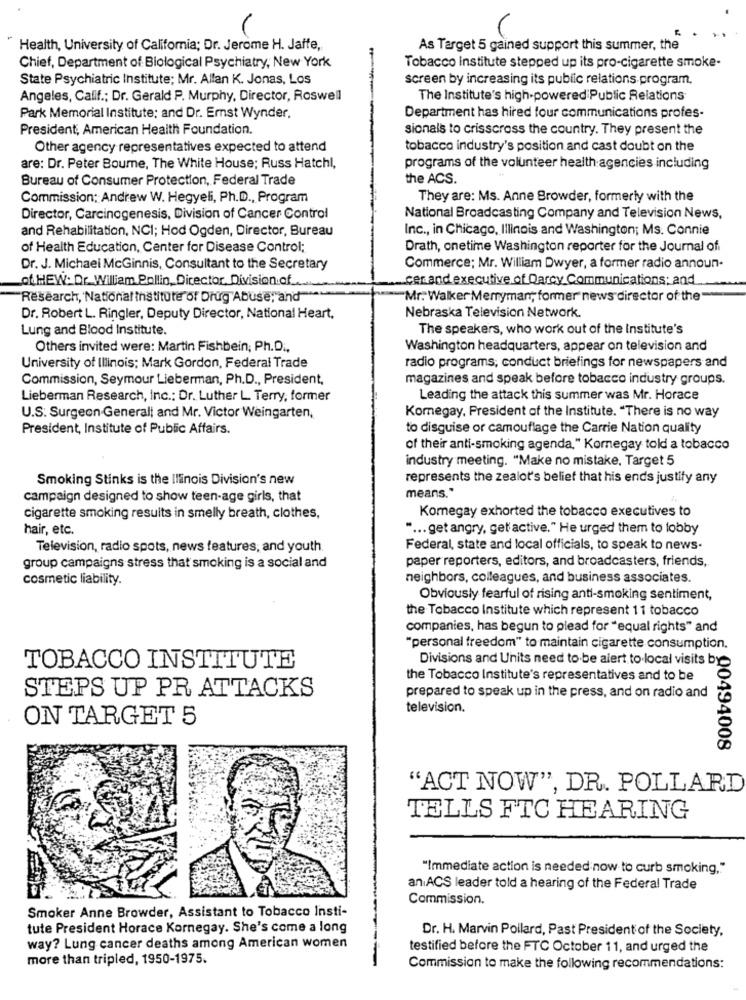
Health, University of California; Dr. Jerome H. Jaffe,
As Target 5 gained support this summer, the
Chief, Department of Biological Psychiatry, New York
Tobacco institute stepped up its pro-cigarette smoke-
State Psychiatric Institute; Mr. Allan K. Jonas, Los
screen by increasing its public relations program.
Angeles, Calif .; Dr. Gerald P. Murphy, Director, Roswell
The Institute's high-powered Public Relations
Park Memorial Institute: and Dr. Emst Wynder,
Department has hired four communications profes-
President, American Health Foundation.
sionals to crisscross the country. They present the
Other agency representatives expected to attend
tobacco industry's position and cast doubt on the
are: Dr. Peter Bourne, The White House; Russ Hatchl,
programs of the volunteer health agencies including
Bureau of Consumer Protection, Federal Trade
the ACS.
Commission; Andrew W. Hegyeli, Ph.D ., Program
They are: Ms. Anne Browder, formerly with the
Director, Carcinogenesis, Division of Cancer Control
National Broadcasting Company and Television News,
and Rehabilitation, NCI; Hod Ogden, Director, Bureau
Inc ., in Chicago, Illinois and Washington; Ms. Connie
of Health Education, Center for Disease Control;
Drath, onetime Washington reporter for the Journal of
Dr. J. Michael McGinnis, Consultant to the Secretary
Commerce; Mr. William Dwyer, a former radio announ-
of. HEW: Dr. William Pollin, Director, Division.of ....
cer and executive of Darcy Communications: and
Research, National institute of Drug Abuse; and"
"Mr. Walker Merryman, former" news director of the"
Dr. Robert L. Ringler, Deputy Director, National Heart,
Nebraska Television Network.
Lung and Blood Institute.
The speakers, who work out of the Institute's
Others invited were: Martin Fishbein; Ph.D .,
Washington headquarters, appear on television and
University of Illinois; Mark Gordon, Federal Trade
radio programs, conduct briefings for newspapers and
Commission, Seymour Lieberman, Ph.D ., President,
magazines and speak before tobacco industry groups.
Lieberman Research, Inc .: Dr. Luther L. Terry, former
Leading the attack this summer was Mr. Horace
U.S. Surgeon General; and Mr. Victor Weingarten,
Komegay, President of the Institute. "There is no way
President, Institute of Public Affairs.
to disguise or camouflage the Carrie Nation quality
of their anti-smoking agenda," Komnegay told a tobacco
industry meeting. "Make no mistake, Target 5
Smoking Stinks is the Illinois Division's new
represents the zealot's belief that his ends justify any
means."
campaign designed to show teen-age girls, that
cigarette smoking results in smelly breath, clothes,
Komegay exhorted the tobacco executives to
hair, etc.
" ... get angry, get'active." He urged them to lobby
Television, radio spots, news features, and youth
Federal, state and local officials, to speak to news.
paper reporters, editors, and broadcasters, friends,
group campaigns stress that smoking is a social and
cosmetic liability.
neighbors, colleagues, and business associates.
Obviously fearful of rising anti-smoking sentiment,
the Tobacco Institute which represent 11 tobacco
companies, has begun to plead for "equal rights" and
"personal freedom" to maintain cigarette consumption.
Divisions and Units need to be alert to local visits by
TOBACCO INSTITUTE
the Tobacco Institute's representatives and to be
STEPS UP PR ATTACKS
prepared to speak up in the press, and on radio and
television.
ON TARGET 5
00494008
"ACT NOW", DR. POLLARD
TELLS FTC HEARING
"Immediate action is needed now to curb smoking,"
an ACS leader told a hearing of the Federal Trade
Commission.
Smoker Anne Browder, Assistant to Tobacco Insti-
tute President Horace Kornegay. She's come a long
Dr. H. Marvin Pollard, Past President of the Society,
way? Lung cancer deaths among American women
testified before the FTC October 11, and urged the
more than tripled, 1950-1975.
Commission to make the following recommendations: